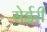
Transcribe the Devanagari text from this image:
सेईरी